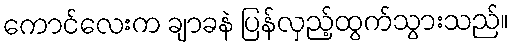
ကောင်လေးက ချာခနဲ ပြန်လှည့်ထွက်သွားသည်။